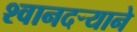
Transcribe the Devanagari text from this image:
श्वानदर्‍याने